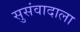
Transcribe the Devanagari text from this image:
सुसंवादाला